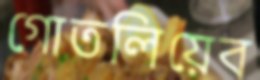
গোতলিয়েব